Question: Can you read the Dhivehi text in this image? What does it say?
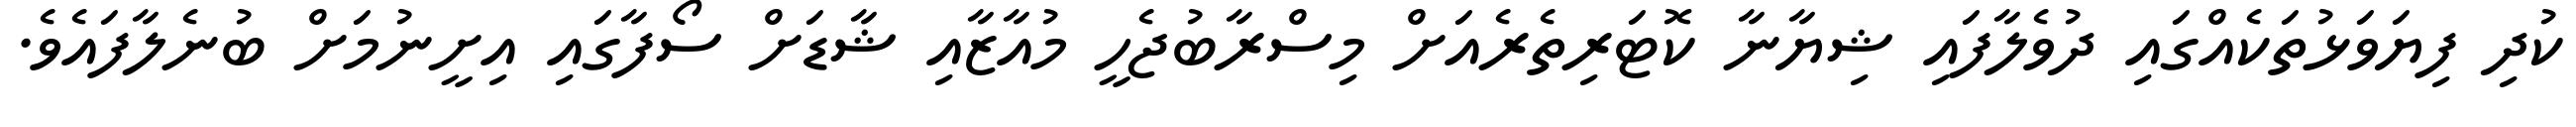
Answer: ކުދި ފިޔަވަޅުތަކެއްގައި ދުވެލާފައި ޝިޔާނާ ކޮޓަރިތެރެއަށް މިސްރާބުޖެހީ މުއާޒާއި ޝާޑަށް ސޯފާގައި އިށީނުމަށް ބުނެލާފައެވެ.